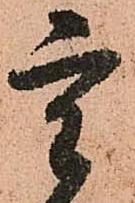
重